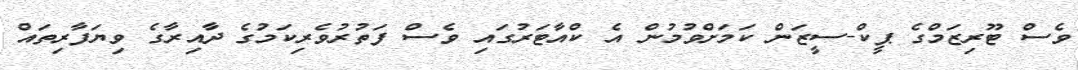
ވެސް ޓޫރިޒަމްގެ ޕީކް-ސީޒަން ކަމަށްވުމުން އެ ކްއާޓަރުގައި ވެސް ފަތުރުވެރިކަމުގެ ދާއިރާގެ ވިޔަފާރިތައް